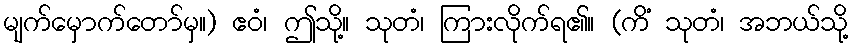
မျက်မှောက်တော်မှ။) ဧဝံ၊ ဤသို့။ သုတံ၊ ကြားလိုက်ရ၏။ (ကိံ သုတံ၊ အဘယ်သို့